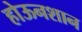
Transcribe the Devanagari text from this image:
होऊनशान